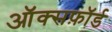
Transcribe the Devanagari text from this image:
ऑक्सफ़ॉर्ड